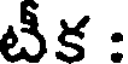
టీక :